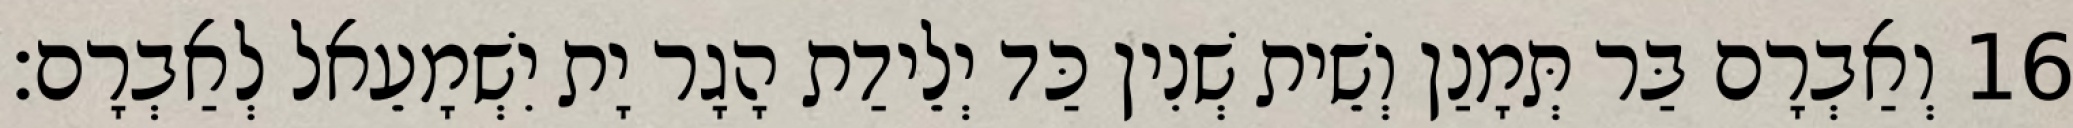
16 וְאַבְרָם בַּר תְּמָנַן וְשֵׁית שְׁנִין כַּד יְלֵידַת הָגָר יָת יִשְׁמָעֵאל לְאַבְרָם׃